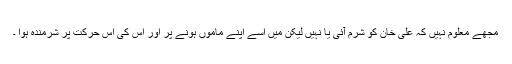
مجھے معلوم نہیں کہ علی خان کو شرم آئی یا نہیں لیکن میں اُسے اپنے ماموں ہونے پر اور اس کی اس حرکت پر شرمندہ ہوا ۔